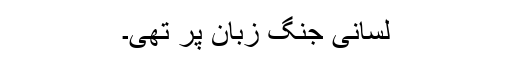
لسانی جنگ زبان پر تھی۔